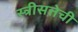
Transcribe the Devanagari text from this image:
स्त्रीसत्तेची